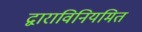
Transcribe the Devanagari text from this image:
द्वाराविनियमित